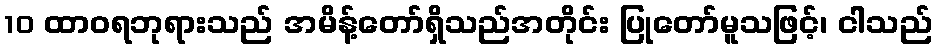
10 ထာဝရဘုရားသည် အမိန့်တော်ရှိသည်အတိုင်း ပြုတော်မူသဖြင့်၊ ငါသည်